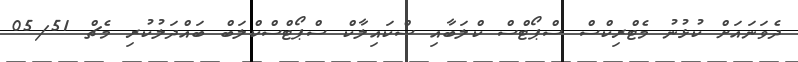
ދެވަނައަށް ކުޅުނު މެޓްރިކްސް ސްޕޯޓްސް ކްލަބާއި ސްކައިލާކް ސްޕޯޓްސްކްލަބް ބައްދަލުކުރި މެޗް 05/51